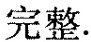
完整.